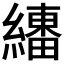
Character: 𱺉